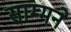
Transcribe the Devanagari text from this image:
साम्मने